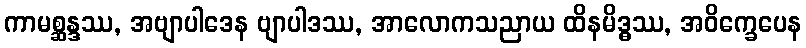
ကာမစ္ဆန္ဒဿ, အဗျာပါဒေန ဗျာပါဒဿ, အာလောကသညာယ ထိနမိဒ္ဓဿ, အဝိက္ခေပေန